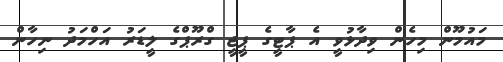
މައުމޫން މިހެން ވިދާޅުވީ އެ ޕާޓީގެ ޕީޖީ ގްރޫޕްގެ ލީޑަރު އަހްމަދު ނިހާން